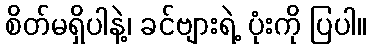
စိတ်မရှိပါနဲ့၊ ခင်ဗျားရဲ့ ပုံးကို ပြပါ။